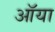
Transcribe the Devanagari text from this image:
ऑया